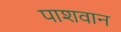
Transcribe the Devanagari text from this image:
पाशवान